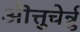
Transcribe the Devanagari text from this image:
ऒत्तुचेर्न्नु